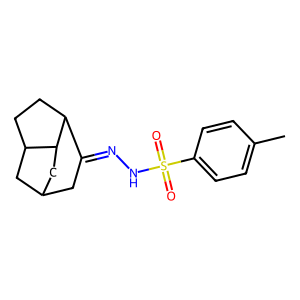
SMILES: Cc1ccc(S(=O)(=O)NN=C2CC3CC4CCC2C4C3)cc1
Inhibits HIV replication: No